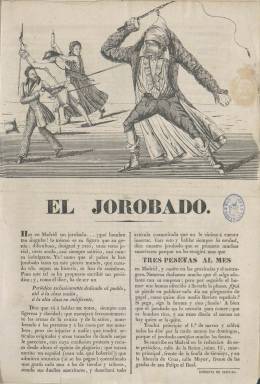
Título: El Jorobado (Madrid)
Colección: Revistas satíricas y humorísticas || Periódicos anteriores a 1850
Ámbito geográfico: Madrid
Lugar de publicación: Madrid
Fechas: 01/01/1836-16/08/1836

Aparece entre la publicación de los dos decretos desamortizadores de Juan Álvarez Mendizábal (1790-1853), el uno de marzo de 1836, para combatir a este, y tras su dimisión, para defender a su sucesor en la presidencia del Consejo de Ministros desde el 15 de mayo, el moderado Francisco Javier de Istúriz, para desaparecer dos días después del Motín de los Sargentos de La Granja y la asunción de la presidencia del Gobierno del progresista José María Calatrava (1781-1846), el 16 de agosto. Será un diario (excepto domingos), que tendrá “el fundamental propósito de poner sangrienta, pero donosamente, en solfa todos los actos del Gobierno de Álvarez Mendizábal y, por supuesto, de su presidente”, indica Gómez Aparicio (1967). Será un periódico de carácter político-satírico, acusado de alcanzar la desvergüenza y procacidad, en medio de la lucha encarnizada que en la primera parte del periodo cristino se ventila en el seno del liberalismo español, entre el conservadurismo o moderantismo y el progresismo, cuyo partido quedará fundado cuatro años más tarde.

Sus redactores quedan amparados en sus respectivos seudónimos, añade Gómez Aparicio. Estos no son otros que cuatro escritores de “atrevido ingenio” que inauguran un periodismo sarcástico que alcanza la privacidad, asunto que llegará a ser ventilado hasta en una sesión del Estamento de Procuradores. Ante las dudas iniciales de que el propio Mariano José de Larra (1809-1937) fuese su artífice o participara en su redacción, uno de sus redactores, Antonio María Segovia (1808-1874) tuvo que firmar los textos bajo su seudónimo El Estudiante. Ramón de Castañeira, con el seudónimo César Romano, pudo ser su director. Y a estos dos les acompañaron Juan López Peñalver y el procarlista Manuel Valdés, con el seudónimo Valdés de los Gatos.

Como periódico de la noche comentaba lo que los periódicos de la mañana publicaban, y formó parte del frente periodístico conservador, junto a La ley (1836), El español (1835-1842) y La revista (1832-1836), contra el Eco del comercio (1834-1849) y El nacional (1835-1836), manteniéndose neutral en la contienda El liberal (1836). Sus entregas son de cuatro páginas, compuestas a dos columnas, en donde la actualidad política es la materia prima de sus artículos y comentarios, aunque tenga secciones como Artículo de oficio, Variedades, Mosaico, y de paso a información internacional y a correspondencia, a críticas teatrales y literarias. Así, junto a sus acusaciones de fraude de las elecciones de febrero y sus reclamaciones de limpieza electoral y su crítica a las sociedades patrióticas (secretas), se mostrará satírico con las escritoras y “poetisas”, con la emancipación o los derechos de las mujeres, y, en suma, con el romanticismo. En su cabecera va un grabado de un jorobado batiendo un látigo, firmado por L. Burgos G., y llega a tirar un número extraordinario con tres litografías. En el número 73 aparecen algunos trozos del conocido artículo de Espronceda: El ministerio de Mendizábal.

El diario no sobrevive al proceso revolucionario iniciado con la sargentada de La Granja, cuando doña Cristina, la Reina Gobernadora, se ve obligada a firmar la reinstauración de la Constitución de 1812, aunque un mes antes, Segovia y López habían anunciado dejar sus colaboraciones para pasarse al también moderado monárquico-constitucional de Andrés Borrego (1802-1891): El español.

Su colección la integran 142 números. En el último indica que los suscriptores serán indemnizados con El duende, que, con el subtítulo “periódico romántico”, empieza a editarse al día siguiente. Entre la bibliografía de referencia, citamos el trabajo de 62 páginas de Alfred Bell Strehli (An Analytical Study of El Jorobado, Universidad de Ohio, 1926); el Índice de El Jorobado, diario literario de Madrid, 1836, elaborado en 124 páginas por María Carmen Tomás, en 1945, y el artículo que Alvin F. Sherman, Jr. publica en 1993 bajo el título Larra vs. El Jorobado.